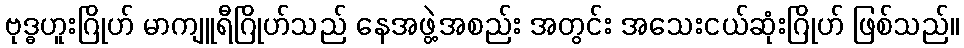
ဗုဒ္ဓဟူးဂြိုဟ် မာကျူရီဂြိုဟ်သည် နေအဖွဲ့အစည်း အတွင်း အသေးငယ်ဆုံးဂြိုဟ် ဖြစ်သည်။